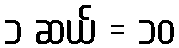
၁ ဆယ် = ၁၀